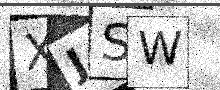
Text: XJSW